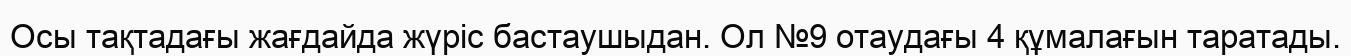
Осы тақтадағы жағдайда жүріс бастаушыдан. Ол №9 отаудағы 4 құмалағын таратады.